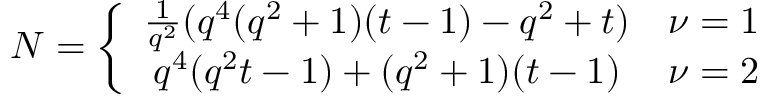
{ \cal N } = \left\{ \begin{array} { c l } { { \frac { 1 } { q ^ { 2 } } ( q ^ { 4 } ( q ^ { 2 } + 1 ) ( t - 1 ) - q ^ { 2 } + t ) } } & { { \nu = 1 } } \\ { { q ^ { 4 } ( q ^ { 2 } t - 1 ) + ( q ^ { 2 } + 1 ) ( t - 1 ) } } & { { \nu = 2 } } \end{array} \right.